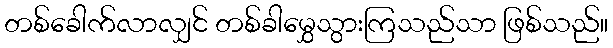
တစ်ခေါက်လာလျှင် တစ်ခါမွှေသွားကြသည်သာ ဖြစ်သည်။